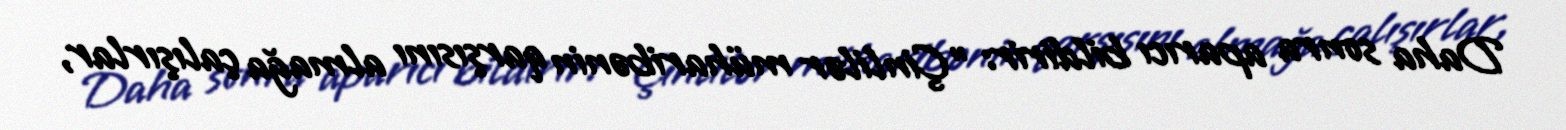
Daha sonra aparıcı bildirir: "Çinlilər müharibənin qarşısını almağa çalışırlar,